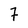
Character: 7